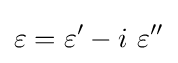
\varepsilon =\varepsilon '-i\ \varepsilon ''